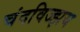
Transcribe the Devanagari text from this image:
चंदविज्झय